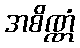
အစိဏ္ဏံ